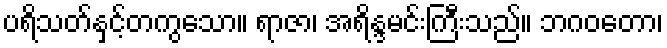
ပရိသတ်နှင့်တကွသော။ ရာဇာ၊ အရိန္ဒမင်းကြီးသည်။ ဘဂဝတော၊